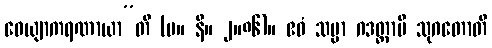
ဝေယျာကရဏာယာ”တိ (မ။ နိ။ ၂။၈၆)။ ဧဝံ သမ္မာ ဂဒတ္တာပိ သုဂတောတိ